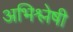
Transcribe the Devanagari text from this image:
अभिश्लेषी